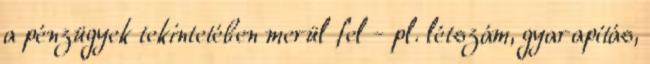
a pénzügyek tekintetében merül fel - pl. létszám, gyarapítás,